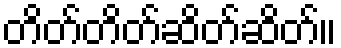
တိတ်တိတ်ဆိတ်ဆိတ်။